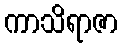
ကာသိရာဇာ